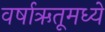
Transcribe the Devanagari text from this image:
वर्षाऋतूमध्ये